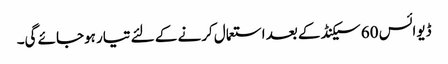
ڈیوائس 60 سیکنڈ کے بعد استعمال کرنے کے لئے تیار ہوجائے گی۔